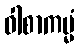
ဝါစာကမ္မံ